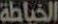
الخياطة